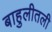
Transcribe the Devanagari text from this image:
बाहुलीतली